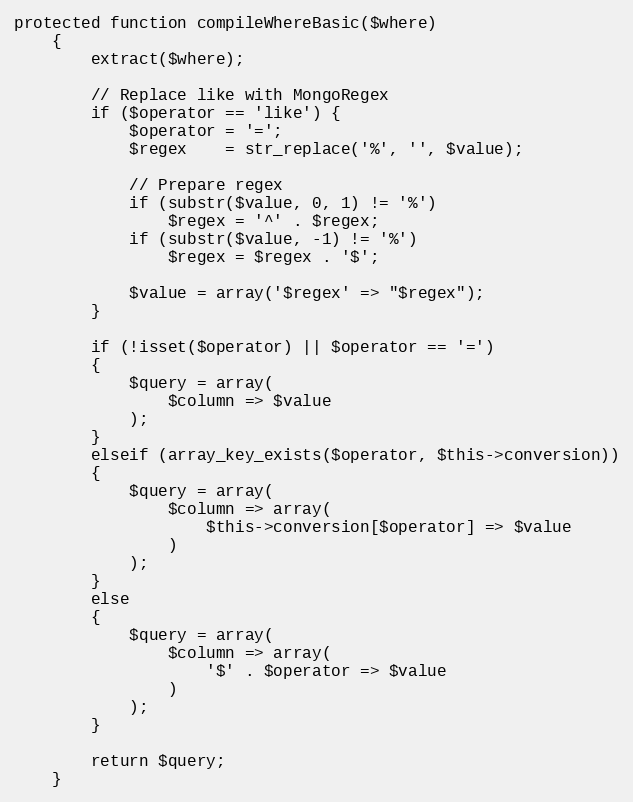
Language: PHP
protected function compileWhereBasic($where)
	{
		extract($where);

		// Replace like with MongoRegex
		if ($operator == 'like') {
			$operator = '=';
			$regex    = str_replace('%', '', $value);

			// Prepare regex
			if (substr($value, 0, 1) != '%')
				$regex = '^' . $regex;
			if (substr($value, -1) != '%')
				$regex = $regex . '$';

			$value = array('$regex' => "$regex");
		}

		if (!isset($operator) || $operator == '=')
		{
			$query = array(
				$column => $value
			);
		}
		elseif (array_key_exists($operator, $this->conversion))
		{
			$query = array(
				$column => array(
					$this->conversion[$operator] => $value
				)
			);
		}
		else
		{
			$query = array(
				$column => array(
					'$' . $operator => $value
				)
			);
		}

		return $query;
	}